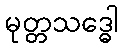
မုတ္တသဒ္ဓေါ